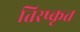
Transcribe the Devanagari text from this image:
तिरष्कृत